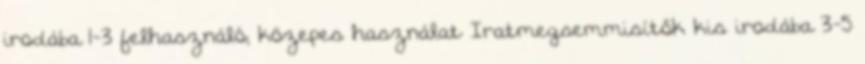
irodába 1-3 felhasználó; közepes használat Iratmegsemmisítők kis irodába 3-5